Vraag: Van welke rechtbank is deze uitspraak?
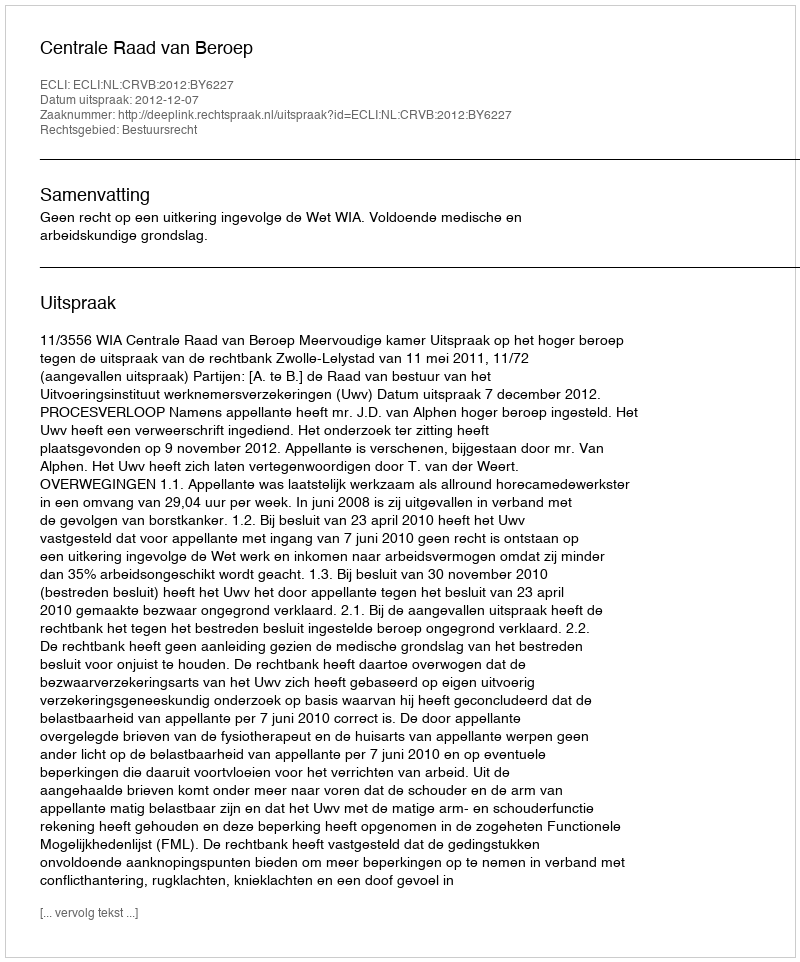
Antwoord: Centrale Raad van Beroep